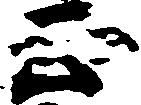
正